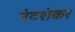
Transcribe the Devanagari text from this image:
नंदशंकर